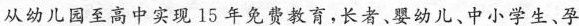
从幼儿园至高中实现15年免费教育，长者、婴幼儿、中小学生、孕